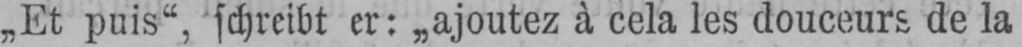
„Et puis“, schreibt er: „ajoutez à cela les douceurs de la